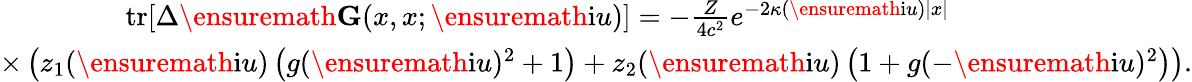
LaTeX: \begin{array}{r}{\mathrm{tr}[\Delta\ensuremath{\mathbf{G}}(x,x;\ensuremath{\mathrm{i}}u)]=-\frac{Z}{4c^{2}}e^{-2\kappa(\ensuremath{\mathrm{i}}u)|x|}\phantom{xxxxxxxxxxxxxxx}}\\ {\times\left(z_{1}(\ensuremath{\mathrm{i}}u)\left(g(\ensuremath{\mathrm{i}}u)^{2}+1\right)+z_{2}(\ensuremath{\mathrm{i}}u)\left(1+g(-\ensuremath{\mathrm{i}}u)^{2}\right)\right).}\end{array}